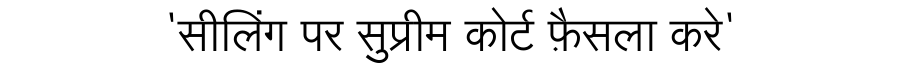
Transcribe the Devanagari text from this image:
'सीलिंग पर सुप्रीम कोर्ट फ़ैसला करे'